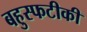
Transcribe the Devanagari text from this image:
बहुस्फटीकी